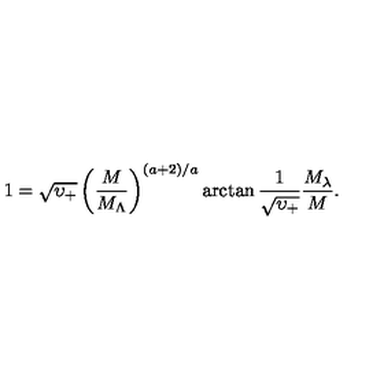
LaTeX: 1 = \sqrt { \upsilon _ { + } } \left( \frac { M } { M _ { \Lambda } } \right) ^ { ( a + 2 ) / a } \arctan \frac { 1 } { \sqrt { \upsilon _ { + } } } \frac { M _ { \lambda } } { M } .